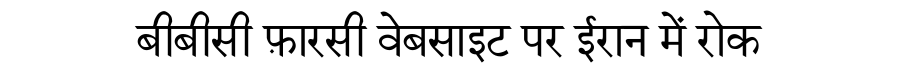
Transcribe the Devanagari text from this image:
बीबीसी फ़ारसी वेबसाइट पर ईरान में रोक